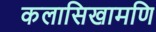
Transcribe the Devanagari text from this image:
कलासिखामणि